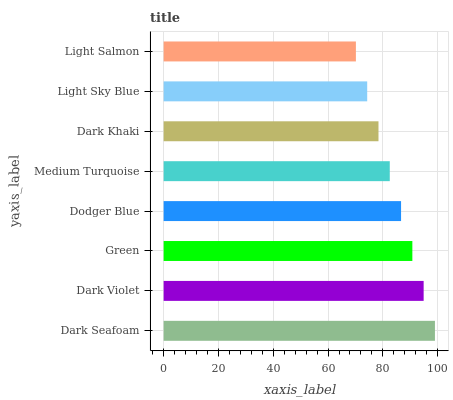
| yaxis_label | bars |
 | --- | --- |
 | Dark Seafoam | 99 |
 | Dark Violet | 94.9 |
 | Green | 90.8 |
 | Dodger Blue | 86.6 |
 | Medium Turquoise | 82.5 |
 | Dark Khaki | 78.4 |
 | Light Sky Blue | 74.3 |
 | Light Salmon | 70.2 |